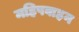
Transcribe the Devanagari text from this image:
महिषवाहन